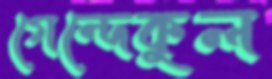
গেন্দেকুল